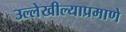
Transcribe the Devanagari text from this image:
उल्लेखील्याप्रमाणे